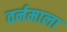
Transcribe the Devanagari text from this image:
वर्नमाला